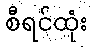
စီရင်ထုံး